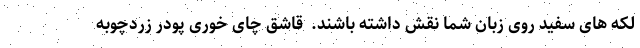
لکه های سفید روی زبان شما نقش داشته باشند.  قاشق چای خوری پودر زردچوبه